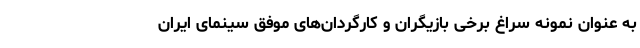
به عنوان نمونه سراغ برخی بازیگران و کارگردان‌های موفق سینمای ایران